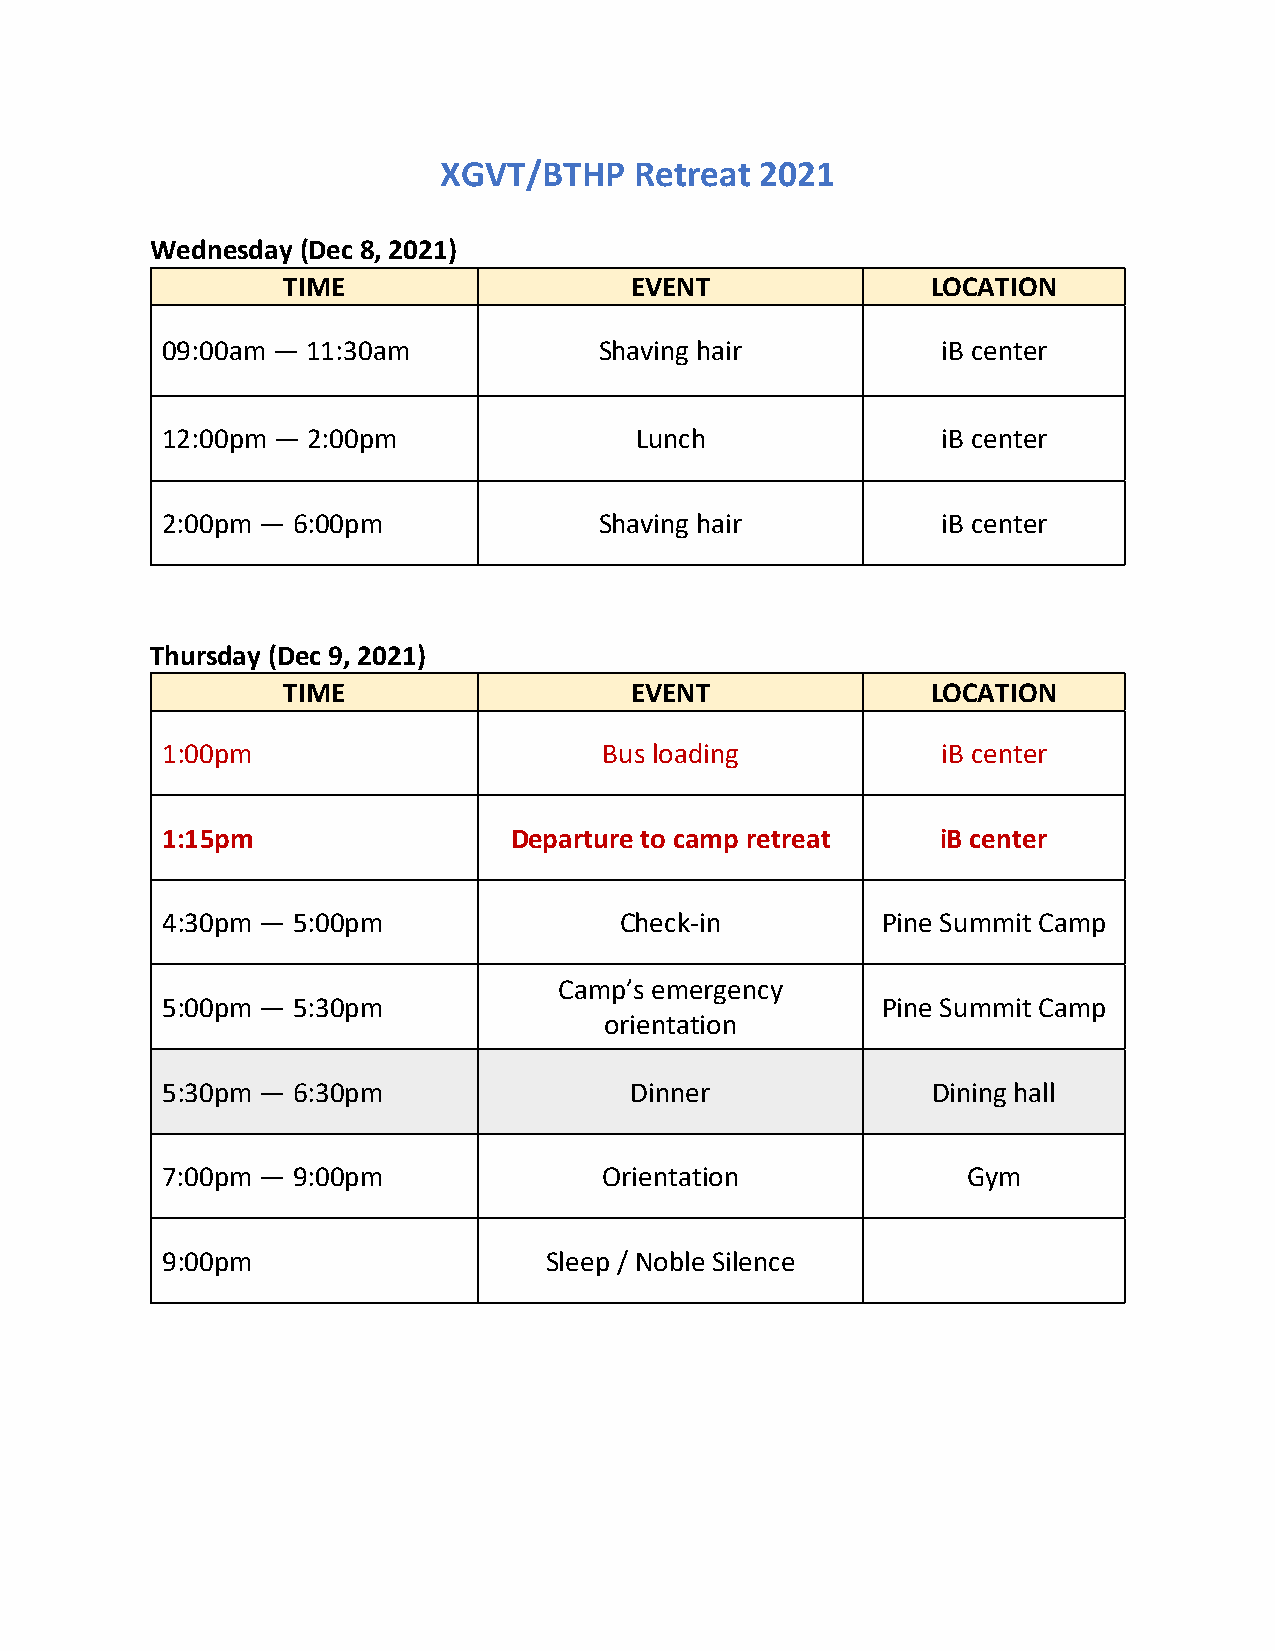
XGVT/BTHP    Retreat 2021
 Wednesday (Dec 8, 2021)
 TIME                   EVENT               LOCATION
 09:00am — 11:30am            Shaving hair          iB center
 12:00pm — 2:00pm               Lunch               iB center
 2:00pm — 6:00pm              Shaving hair          iB center
 Thursday (Dec 9, 2021)
 TIME                   EVENT               LOCATION
 1:00pm                       Bus loading           iB center
 1:15pm                 Departure to camp retreat   iB center
 4:30pm — 5:00pm               Check-in         Pine Summit Camp
 Camp’s emergency
 5:00pm — 5:30pm                                Pine Summit Camp
 orientation
 5:30pm — 6:30pm                Dinner              Dining hall
 7:00pm — 9:00pm              Orientation             Gym
 9:00pm                   Sleep / Noble Silence